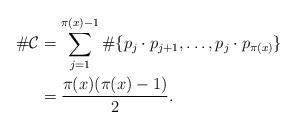
LaTeX: \begin{align*}\# \mathcal{C}&=\sum \limits_{j=1}^{\pi(x)-1}\# \{p_j\cdot p_{j+1},\ldots, p_j\cdot p_{\pi(x)}\} \\&=\frac{\pi(x)(\pi(x)-1)}{2}.\end{align*}